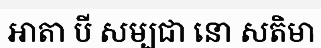
ឤតា បី សម្បជា នោ សតិមា